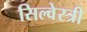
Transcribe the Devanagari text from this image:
सिल्वेस्त्री